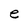
Character: e